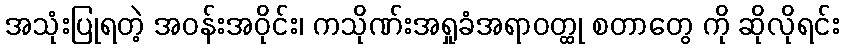
အသုံးပြုရတဲ့ အဝန်းအဝိုင်း၊ ကသိုဏ်းအရှုခံအရာဝတ္ထု စတာတွေ ကို ဆိုလိုရင်း